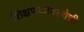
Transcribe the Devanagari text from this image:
शिक्षणव्यवस्थेची